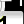
Digit: 1